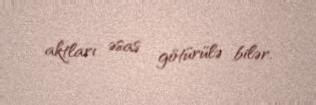
aktları əsas götürülə bilər.